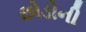
છોડોની